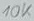
Text: 10K